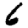
Digit: 6